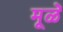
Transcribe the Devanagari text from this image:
मूळें